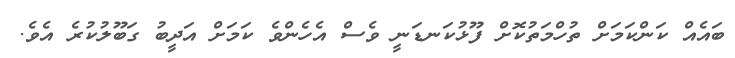
ބައެއް ކަންކަމަށް ތުހްމަތުކޮށް ފޫޅުކަނޑަނީ ވެސް އެހެންވެ ކަމަށް އަދީބު ގަބޫލުކުރެ އެވެ.